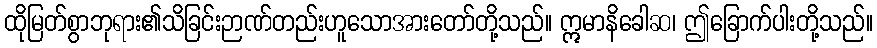
ထိုမြတ်စွာဘုရား၏သိခြင်းဉာဏ်တည်းဟူသောအားတော်တို့သည်။ ဣမာနိခေါဆ၊ ဤခြောက်ပါးတို့သည်။